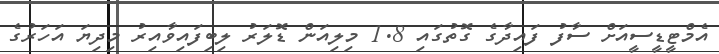
އެމްޓީޑީސީއަށް ސާފު ފައިދާގެ ގޮތުގައި 1.8 މިލިއަން ޑޮލަރު ލިބިފައިވާއިރު މިދިޔަ އަހަރުގެ